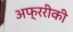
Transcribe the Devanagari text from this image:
अफ्ररीकी